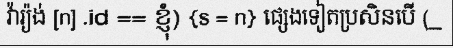
វ៉ារ្យ៉ង់ [n] .id == ខ្ញុំ) {s = n} ផ្សេងទៀតប្រសិនបើ (_